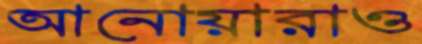
আনোয়ারাও